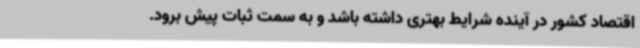
اقتصاد کشور در آینده شرایط بهتری داشته باشد و به سمت ثبات پیش برود.